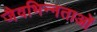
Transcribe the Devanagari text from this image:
जैवभिन्नताओं